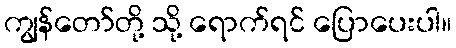
ကျွန်တော်တို့ သို့ ရောက်ရင် ပြောပေးပါ။